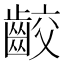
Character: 齩